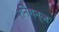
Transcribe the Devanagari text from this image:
रनिगन्ज